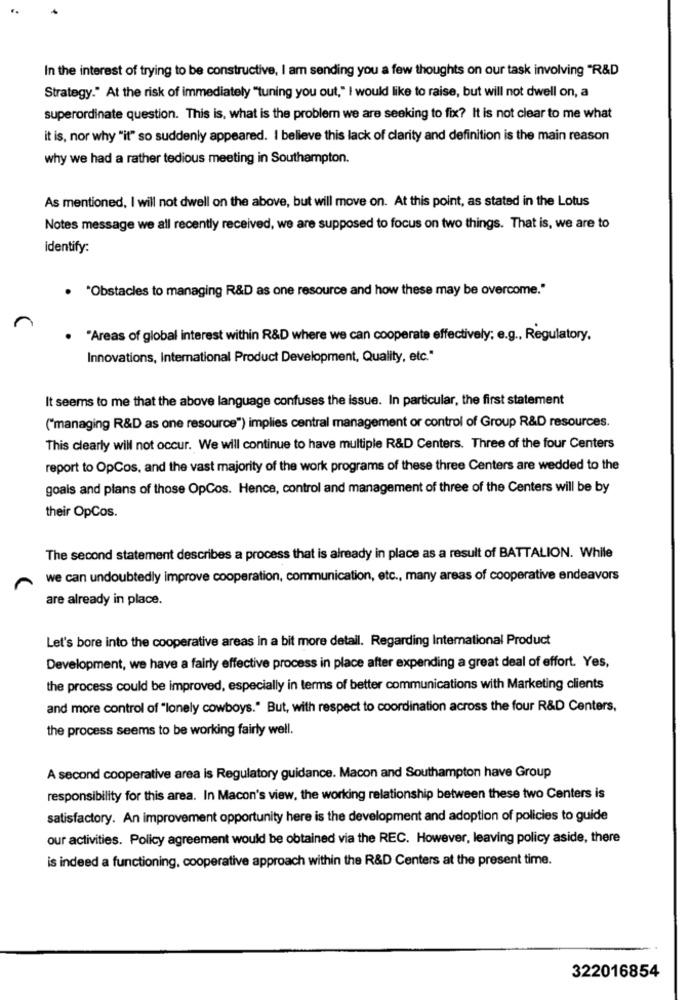
In the interest of trying to be constructive, I am sending you a few thoughts on our task involving "R&D
Strategy." At the risk of immediately "tuning you out," I would like to raise, but will not dwell on, a
superordinate question. This is, what is the problem we are seeking to fix? It is not clear to me what
it is, nor why "it" so suddenly appeared. I believe this lack of clarity and definition is the main reason
why we had a rather tedious meeting in Southampton.
As mentioned, I will not dwell on the above, but will move on. At this point, as stated in the Lotus
Notes message we all recently received, we are supposed to focus on two things. That is, we are to
identify:
. "Obstacles to managing R&D as one resource and how these may be overcome."
"Areas of global interest within R&D where we can cooperate effectively; e.g ., Regulatory,
Innovations, International Product Development, Quality, etc."
It seems to me that the above language confuses the issue. In particular, the first statement
("managing R&D as one resource") implies central management or control of Group R&D resources.
This clearly will not occur. We will continue to have multiple R&D Centers. Three of the four Centers
report to OpCos, and the vast majority of the work programs of these three Centers are wedded to the
goals and plans of those OpCos. Hence, control and management of three of the Centers will be by
their OpCos.
The second statement describes a process that is already in place as a result of BATTALION. While
we can undoubtedly improve cooperation, communication, etc ., many areas of cooperative endeavors
are already in place.
Let's bore into the cooperative areas in a bit more detail. Regarding International Product
Development, we have a fairly effective process in place after expending a great deal of effort. Yes,
the process could be improved, especially in terms of better communications with Marketing clients
and more control of "lonely cowboys." But, with respect to coordination across the four R&D Centers,
the process seems to be working fairly well.
A second cooperative area is Regulatory guidance. Macon and Southampton have Group
responsibility for this area. In Macon's view, the working relationship between these two Centers is
satisfactory. An improvement opportunity here is the development and adoption of policies to guide
our activities. Policy agreement would be obtained via the REC. However, leaving policy aside, there
is indeed a functioning, cooperative approach within the R&D Centers at the present time.
322016854